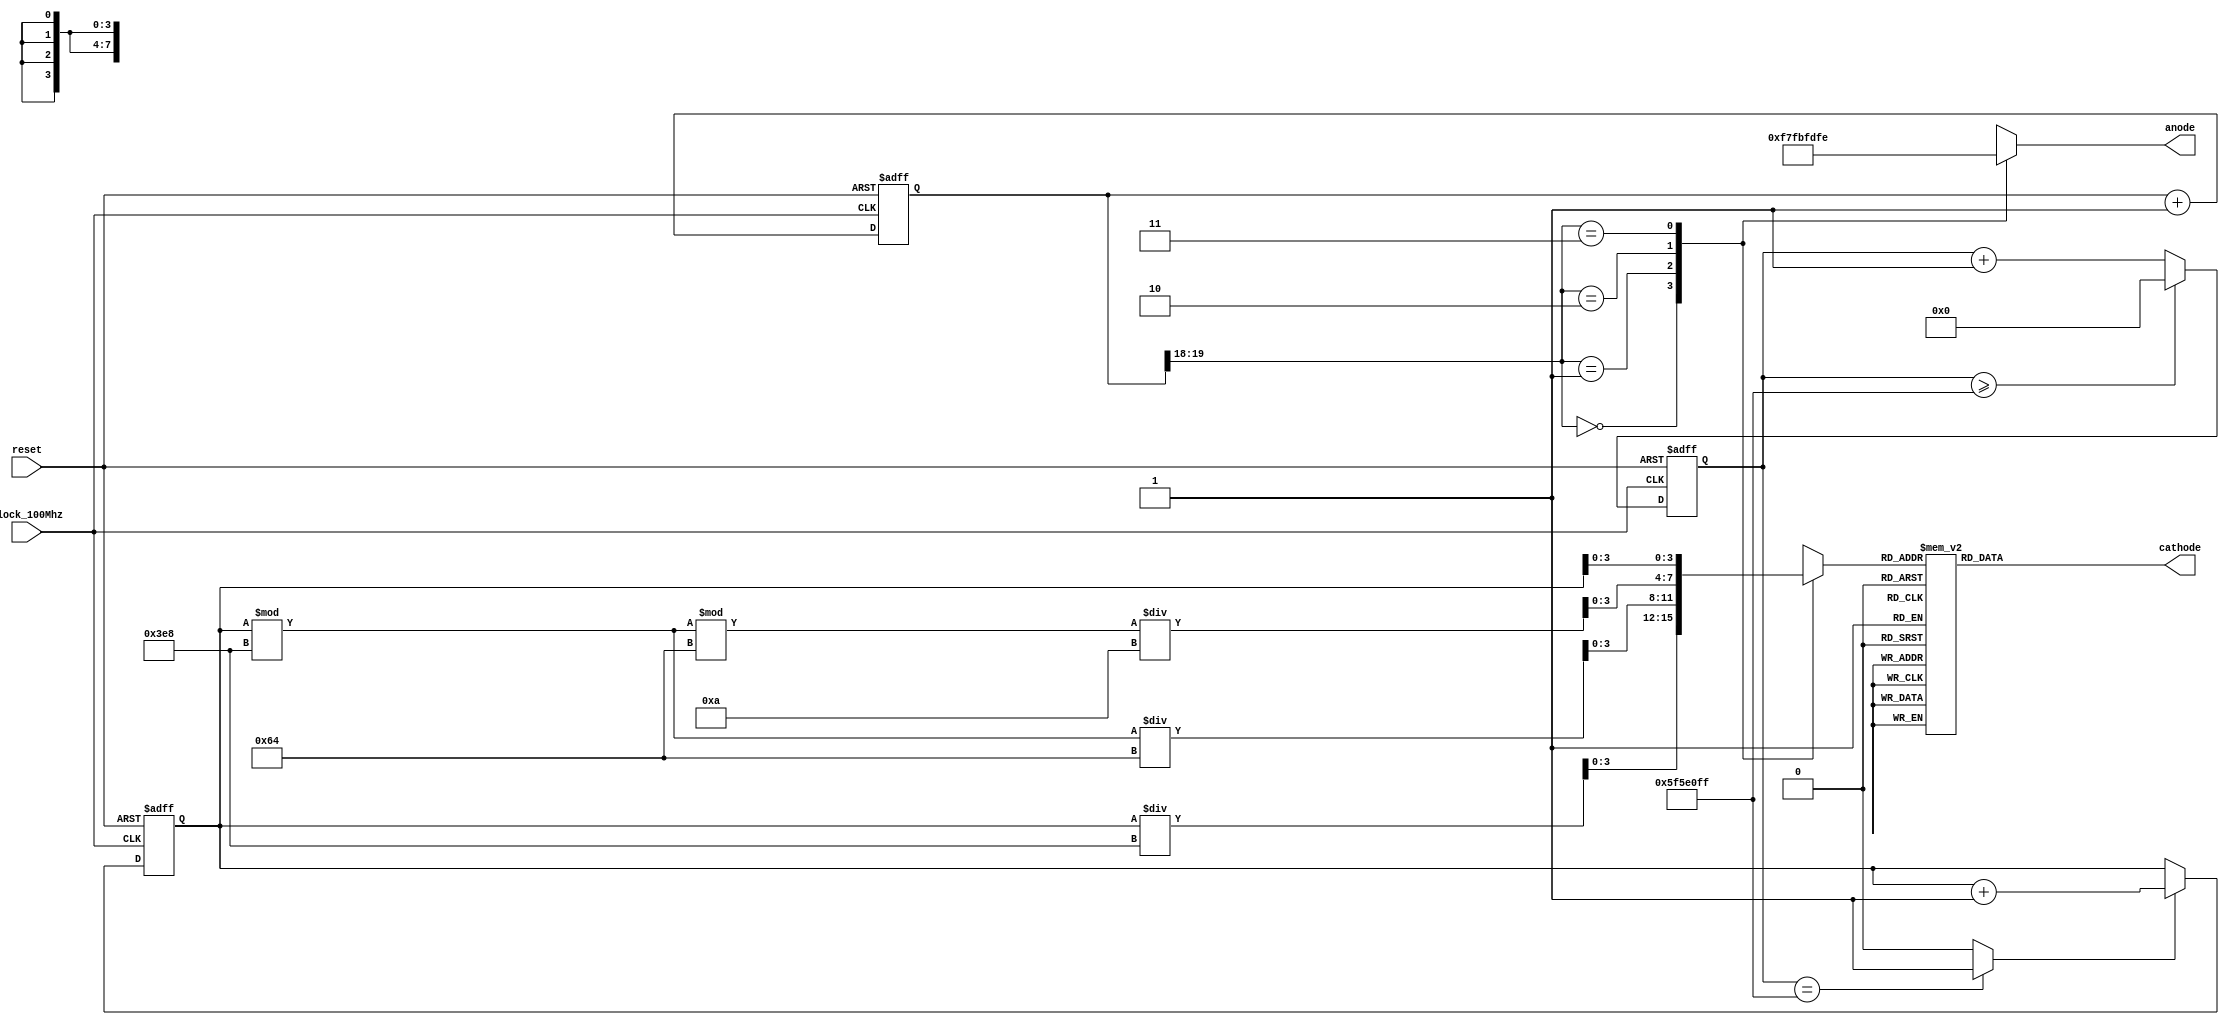
`timescale 1ns / 1ps
//////////////////////////////////////////////////////////////////////////////////
// Company: 
// Engineer: 
// 
// Design Name: 
// Module Name: seven_segment_LED_display_controller
// Project Name: 
// Target Devices: 
// Tool Versions: 
// Description: 
// 
// Dependencies: 
// 
// Revision:
// Revision 0.01 - File Created
// Additional Comments:
// 
//////////////////////////////////////////////////////////////////////////////////


module seven_segment_LED_display_controller(
input clock_100Mhz, // 100 Mhz clock source on Basys 3 FPGA
input reset, // reset
output reg [7:0] anode, // anode signals of the 7-segment LED display
output reg [7:0] cathode// cathode patterns of the 7-segment LED display
);
reg [26:0] one_second_counter; // counter for generating 1 second clock enable
wire one_second_enable;// one second enable for counting numbers
reg [15:0] displayed_number; // counting number to be displayed
reg [3:0] LED_BCD;
reg [19:0] refresh_counter; // 20-bit for creating 10.5ms refresh period or 380Hz refresh rate
         // the first 2 MSB bits for creating 4 LED-activating signals with 2.6ms digit period
wire [1:0] LED_activating_counter; 
             // count     0    ->  1  ->  2  ->  3
          // activates    LED1    LED2   LED3   LED4
         // and repeat
always @(posedge clock_100Mhz or posedge reset)
begin
    if(reset==1)
        one_second_counter <= 0;
    else begin
        if(one_second_counter>=99999999) 
             one_second_counter <= 0;
        else
            one_second_counter <= one_second_counter + 1;
    end
end 
assign one_second_enable = (one_second_counter==99999999)?1:0;
always @(posedge clock_100Mhz or posedge reset)
begin
    if(reset==1)
        displayed_number <= 0;
    else if(one_second_enable==1)
        displayed_number <= displayed_number + 1;
end
always @(posedge clock_100Mhz or posedge reset)
begin 
    if(reset==1)
        refresh_counter <= 0;
    else
        refresh_counter <= refresh_counter + 1;
end 
assign LED_activating_counter = refresh_counter[19:18];
// anode activating signals for 4 LEDs, digit period of 2.6ms
// decoder to generate anode signals 
always @(*)
begin
    case(LED_activating_counter)
    2'b00: begin
        anode = 8'b1111_0111; 
        // activate LED1 and Deactivate LED2, LED3, LED4
        LED_BCD = displayed_number/1000;
        // the first digit of the 16-bit number
          end
    2'b01: begin
        anode = 8'b1111_1011;
        // activate LED2 and Deactivate LED1, LED3, LED4
        LED_BCD = (displayed_number % 1000)/100;
        // the second digit of the 16-bit number
          end
    2'b10: begin
        anode = 8'b1111_1101;
        // activate LED3 and Deactivate LED2, LED1, LED4
        LED_BCD = ((displayed_number % 1000)%100)/10;
        // the third digit of the 16-bit number
            end
    2'b11: begin
        anode = 8'b1111_1110; 
        // activate LED4 and Deactivate LED2, LED3, LED1
        LED_BCD = displayed_number[3:0];
        // the fourth digit of the 16-bit number    
           end
    default : begin
        anode = 8'b1111_1110; //defaut to first digit
        LED_BCD = ((displayed_number % 1000)%100)%10;
        end

    endcase
end
// Cathode patterns of the 7-segment LED display 
always @(*)
begin
    case(LED_BCD)
    4'b0000 : cathode = 8'b0000_0011; //zero
    4'b0001 : cathode = 8'b1001_1111; //one
    4'b0010 : cathode = 8'b0010_0101; //two
    4'b0011 : cathode = 8'b0000_1101; //three
    4'b0100 : cathode = 8'b1001_1001;//four
    4'b0101 : cathode = 8'b0100_1001; //five
    4'b0110 : cathode = 8'b0100_0001; //six
    4'b0111 : cathode = 8'b0001_1111; //seven
    4'b1000 : cathode = 8'b0000_0001; //eight
    4'b1001 : cathode = 8'b0001_1001; //nine
    default : cathode = 8'b0111_1111; //all other cases
    endcase
end
endmodule